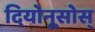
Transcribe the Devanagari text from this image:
दियोनूसोस्